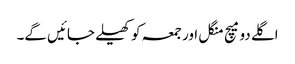
اگلے دو میچ منگل اور جمعہ کو کھیلے جائیں گے۔